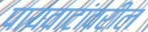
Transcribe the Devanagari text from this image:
पायवाटांवरील